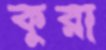
কুরা